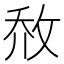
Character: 𰕈